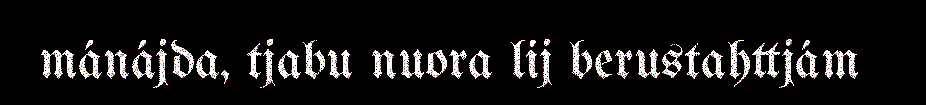
mánájda, tjabu nuora lij berustahttjám